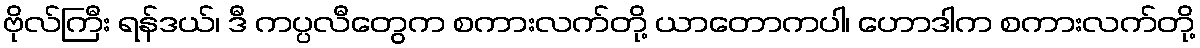
ဗိုလ်ကြီး ရန်ဒယ်၊ ဒီ ကပ္ပလီတွေက စကားလက်တို့ ယာတောကပါ၊ ဟောဒါက စကားလက်တို့